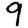
Digit: 9